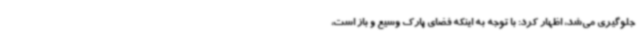
جلوگیری می‌شد، اظهار کرد: با توجه به اینکه فضای پارک وسیع و باز است،